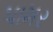
પામર